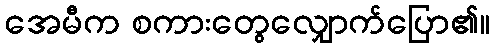
အေမီက စကားတွေလျှောက်ပြော၏။